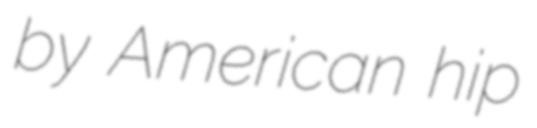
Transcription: by American hip